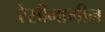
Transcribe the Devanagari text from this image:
रेसीनामीन